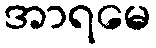
အာရမေ